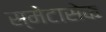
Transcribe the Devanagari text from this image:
स्मेटासेक